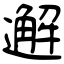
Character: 邂